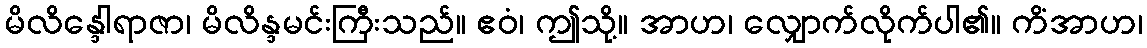
မိလိန္ဒေါရာဇာ၊ မိလိန္ဒမင်းကြီးသည်။ ဧဝံ၊ ဤသို့။ အာဟ၊ လျှောက်လိုက်ပါ၏။ ကိံအာဟ၊